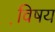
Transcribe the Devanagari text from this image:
वि़षय